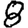
Digit: 8